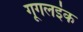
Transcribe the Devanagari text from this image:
गूगलइंक